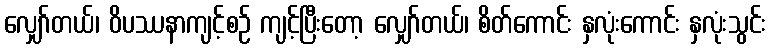
လျှော်တယ်၊ ဝိပဿနာကျင့်စဉ် ကျင့်ပြီးတော့ လျှော်တယ်၊ စိတ်ကောင်း နှလုံးကောင်း နှလုံးသွင်း